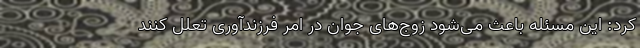
کرد: این مسئله باعث می‌شود زوج‌های جوان در امر فرزندآوری تعلل کنند